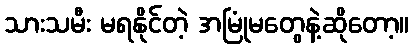
သားသမီး မရနိုင်တဲ့ အမြုံမတွေနဲ့ဆိုတော့။